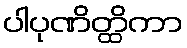
ပါပုဏိတ္ထိကာ